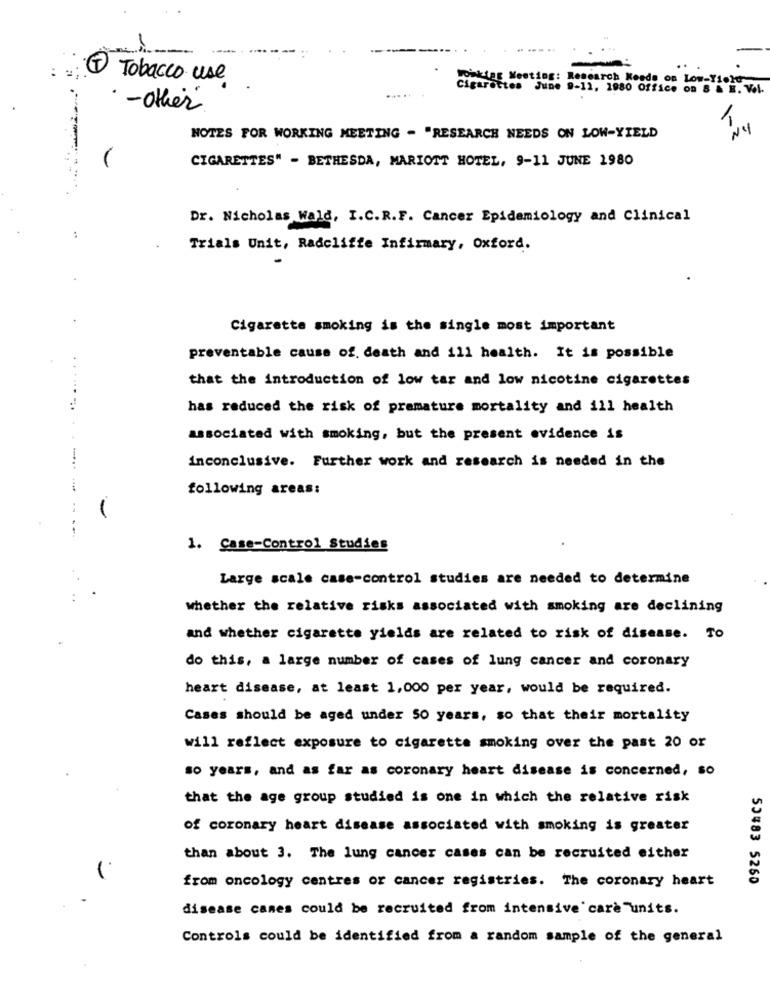
Tobacco use
peking Meeting: Research Keads on Low-Yield
Cigarettes June 9-11, 1980 Office on 8 & E. V.l.
.... .
.- other
Ny
NOTES FOR WORKING MEETING - "RESEARCH NEEDS ON LOW-YIELD
CIGARETTES" - BETHESDA, MARIOTT HOTEL, 9-11 JUNE 1980
Dr. Nicholas Wald, I.C.R.F. Cancer Epidemiology and Clinical
:
Trials Unit, Radcliffe Infirmary, Oxford.
Cigarette smoking is the single most important
preventable cause of. death and 111 health. It is possible
that the introduction of low tar and low nicotine cigarettes
has reduced the risk of premature mortality and ill health
associated with smoking, but the present evidence is
inconclusive. Further work and research is needed in the
following areas:
1. Case-Control Studies
Large scale case-control studies are needed to determine
whether the relative risks associated with smoking are declining
and whether cigarette yields are related to risk of disease. To
do this, a large number of cases of lung cancer and coronary
heart disease, at least 1,000 per year, would be required.
Cases should be aged under 50 years, so that their mortality
will reflect exposure to cigarette smoking over the past 20 or
so years, and as far as coronary heart disease is concerned, so
that the age group studied is one in which the relative risk
of coronary heart disease associated with smoking is greater
than about 3. The lung cancer cases can be recruited either
from oncology centres or cancer registries. The coronary heart
53483 5260
disease canes could be recruited from intensive care units.
Controls could be identified from a random sample of the general